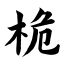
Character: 桅